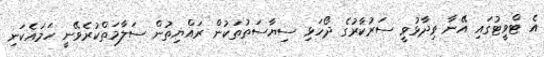
އެ ޓްވީޓުގައި އޭނާ ވިދާޅުވީ ސަރުކާރުގެ ދޯހަޅި ސިޔާސަތުތަކުން ރައްޔިތުން ސަލާމަތްކުރެވޭނީ ހަމައެކަނި